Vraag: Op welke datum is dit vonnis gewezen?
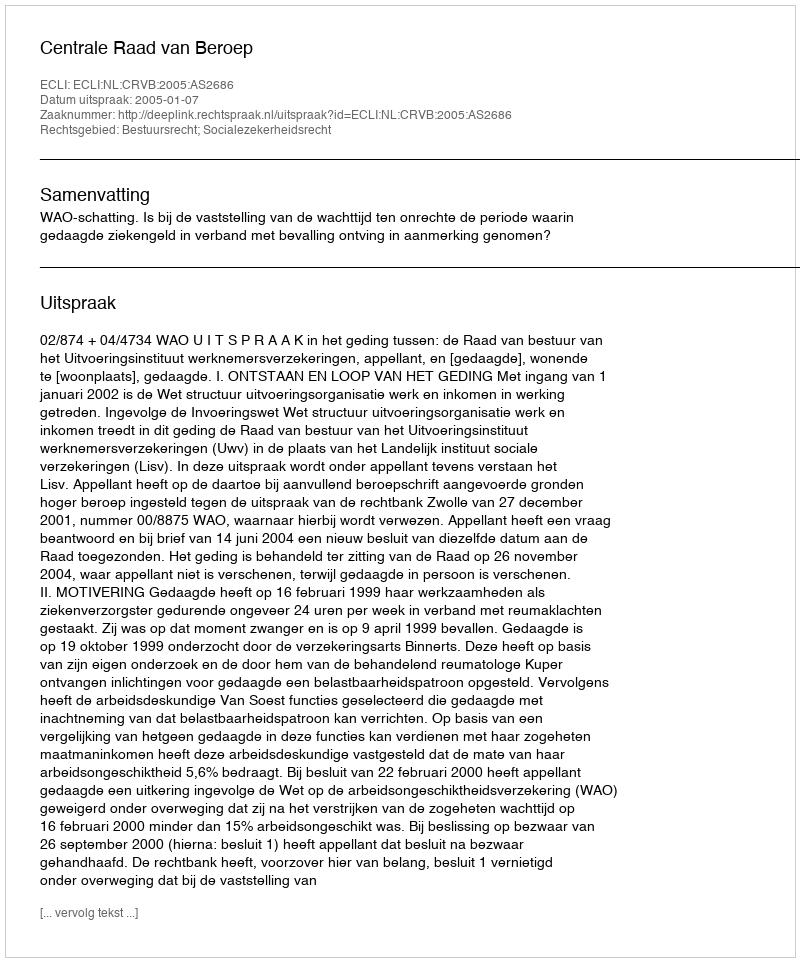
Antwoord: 2005-01-07